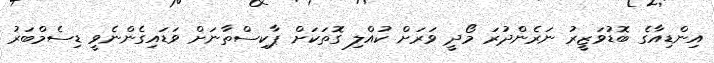
އިންޑިއާގެ ބޮޑުވަޒީރު ނަރެންދުރަ މޯދީ ވަރަށް ކުއްލި ގޮތަކަށް ޕާކިސްތާނަށް ވަޑައިގެންނެވީ ޑިސެމްބަރު